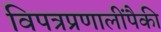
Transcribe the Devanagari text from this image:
विपत्रप्रणालींपैकी